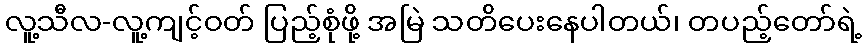
လူ့သီလ-လူ့ကျင့်ဝတ် ပြည့်စုံဖို့ အမြဲ သတိပေးနေပါတယ်၊ တပည့်တော်ရဲ့